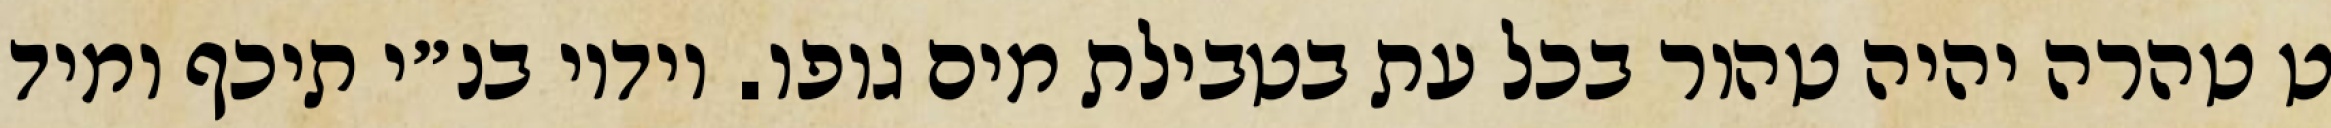
ט טהרה יהיה טהור בכל עת בטבילת מים גופו. וידיו בנ״י תיכף ומיד